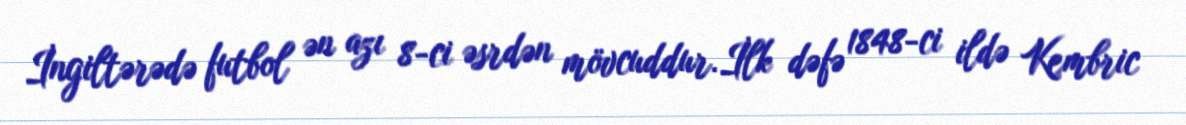
İngiltərədə futbol ən azı 8-ci əsrdən mövcuddur.İlk dəfə 1848-ci ildə Kembric